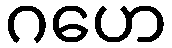
ဂဟေ